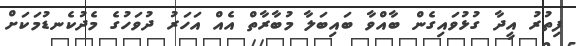
ފިތުރު އީދާ ގުޅުވައިގެން ބާއްވާ ބައިބަލާ މުބާރާތް އެއް އަހަރު ދުވަހުގެ މެދުކެނޑުމަކަށް